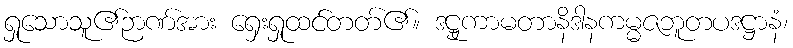
ရှုသောသူ၏ဉာဏ်အား ရှေးရှုထင်တတ်၏။ ဒဋ္ဌုကာမတာနိဒါနကမ္မဇဘူတပဒဋ္ဌာနံ၊